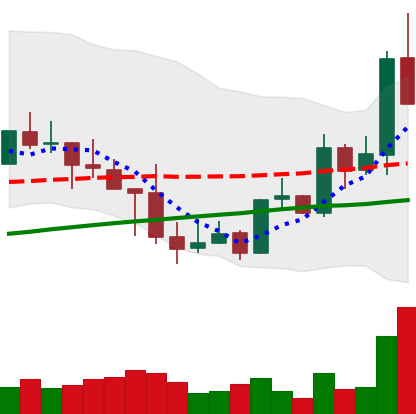
Ticker: LINK-USD
Chart end date: 2019-05-07
Forward return: 20.793%
Label: up_7plus